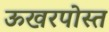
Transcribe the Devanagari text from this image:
ऊखरपोस्त